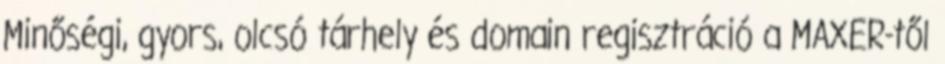
Minőségi, gyors, olcsó tárhely és domain regisztráció a MAXER-től